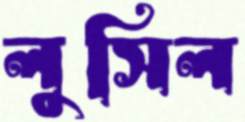
লুসিল